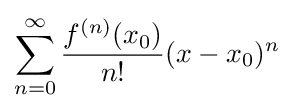
\sum _{n=0}^{\infty }{\frac {f^{(n)}(x_{0})}{n!}}(x-x_{0})^{n}